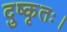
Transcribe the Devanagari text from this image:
दुष्कृतः।